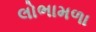
લોભામળા